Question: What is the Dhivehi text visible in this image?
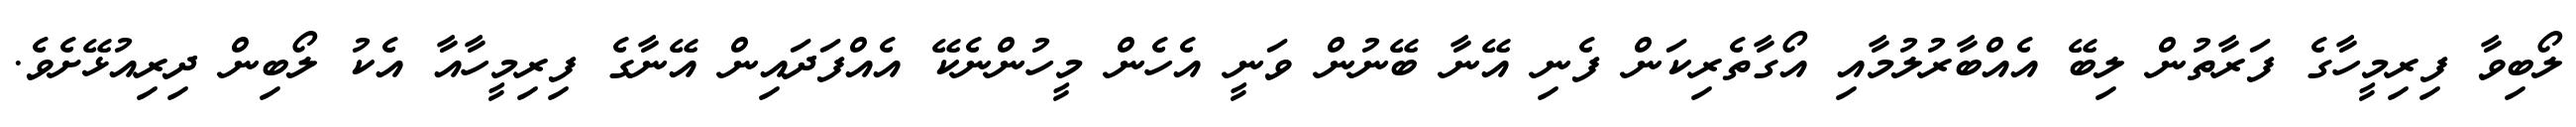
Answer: ލޯބިވާ ފިރިމީހާގެ ފަރާތުން ލިބޭ އެއްބާރުލުމާއި އޯގާތެރިކަން ފެނި އޭނާ ބޭނުން ވަނީ އެހެން މީހުންނެކޭ އެއްފަދައިން އޭނާގެ ފިރިމީހާއާ އެކު ލޯބިން ދިރިއުޅޭށެވެ.